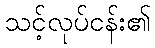
သင့်လုပ်ငန်း၏